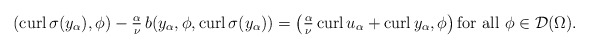
\begin{align*}\left(\mathrm{curl}\, \sigma(y_\alpha),\phi\right)-\tfrac{\alpha}{\nu}\, b(y_\alpha,\phi,\mathrm{curl}\, \sigma(y_\alpha))=\left(\tfrac{\alpha}{\nu}\,\mathrm{curl}\, u_\alpha+\mathrm{curl}\, y_\alpha,\phi\right)\mbox{for all} \ \phi\in {\cal D}(\Omega).\end{align*}